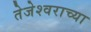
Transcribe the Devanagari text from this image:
तेजेश्वराच्या